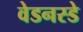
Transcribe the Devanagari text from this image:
वेडनस्डे